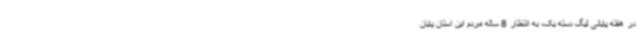
در هفته پایانی لیگ دسته یک، به انتظار 8 ساله مردم این استان پایان